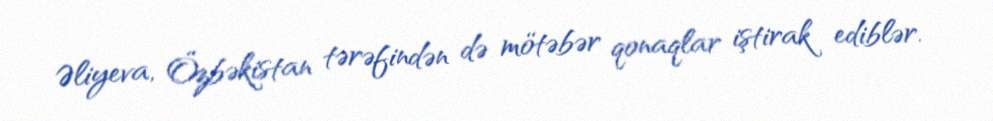
Əliyeva, Özbəkistan tərəfindən də mötəbər qonaqlar iştirak ediblər.